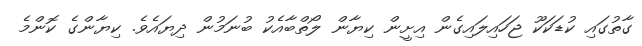
ގާތުގައި ކުޑަކަކޫ ޖަހައިލައިގެން އިށީން ކިޔާން ލޯތްބާއެކު ބުނަމުން ދިޔައެވެ. ކިޔާންގެ ކޮންމެ